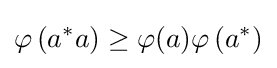
\varphi \left(a^{*}a\right)\geq \varphi (a)\varphi \left(a^{*}\right)